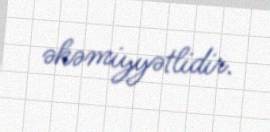
əhəmiyyətlidir.